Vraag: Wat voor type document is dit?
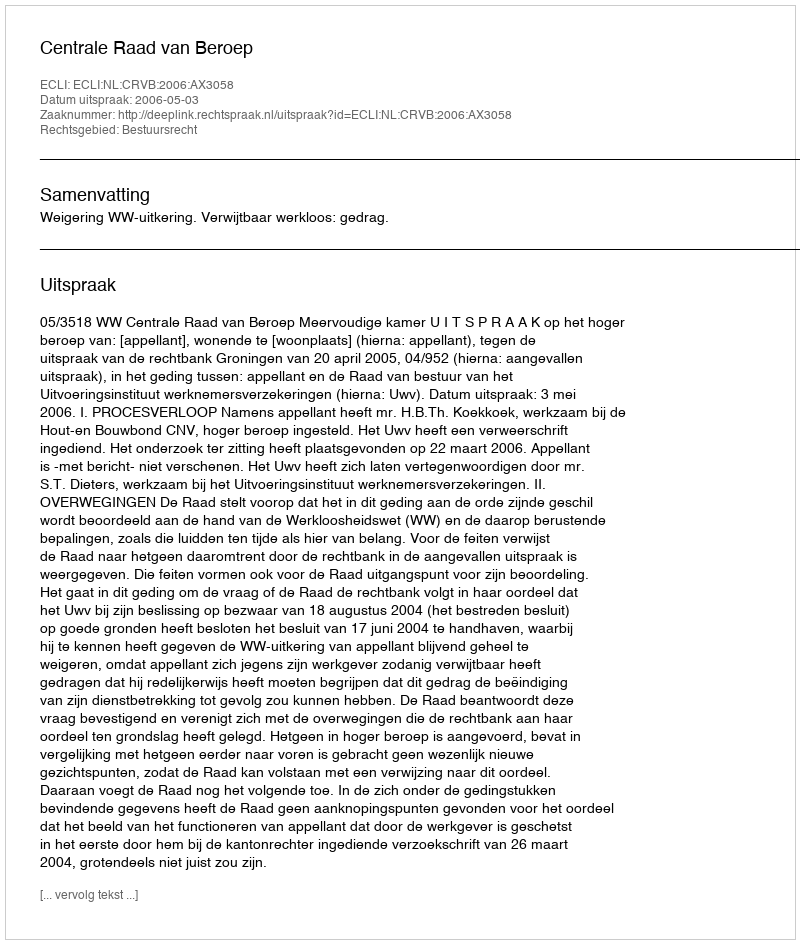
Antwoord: Uitspraak